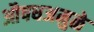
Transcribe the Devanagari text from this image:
औषधअमुळे